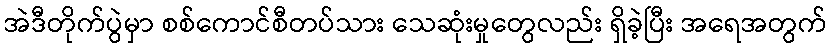
အဲဒီတိုက်ပွဲမှာ စစ်ကောင်စီတပ်သား သေဆုံးမှုတွေလည်း ရှိခဲ့ပြီး အရေအတွက်